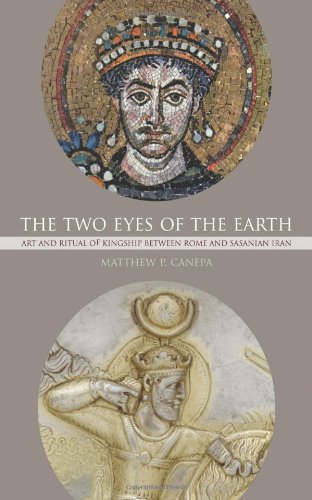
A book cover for The Two Eyes of the Earth: Art and Ritual of Kingship between Rome and Sasanian Iran; Matthew P. Canepa; History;